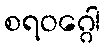
စရဝဂ္ဂေါ